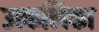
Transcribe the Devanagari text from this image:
उत्‍कलिका